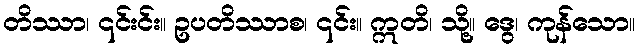
တိဿာ၊ ၎င်းင်း။ ဥပတိဿာစ၊ ၎င်း။ ဣတိ၊ သို့။ ဒွေ၊ ကုန်သော။